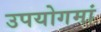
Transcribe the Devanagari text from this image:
उपयोगमां